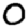
Digit: 0